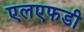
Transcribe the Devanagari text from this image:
एलएफडी